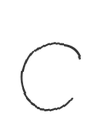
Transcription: C